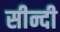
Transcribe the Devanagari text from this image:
सीन्दी